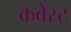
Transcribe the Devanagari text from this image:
कवेस्ट